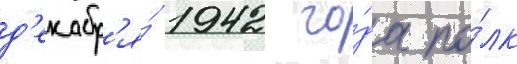
д'екабр'я́ 1942 го́да по́лк